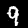
Digit: 9